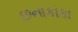
છનાકાકા